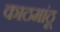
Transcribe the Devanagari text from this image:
काठमांठू